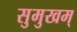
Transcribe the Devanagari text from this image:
सुमुखम्